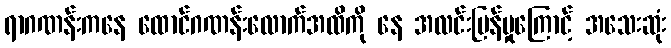
ရာဂဏန်းကနေ ထောင်ဂဏန်းလောက်အထိကို နေ အလင်းပြန်မှုကြောင့် အသေးဆုံး